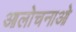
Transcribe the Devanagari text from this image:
आलोचनाओ